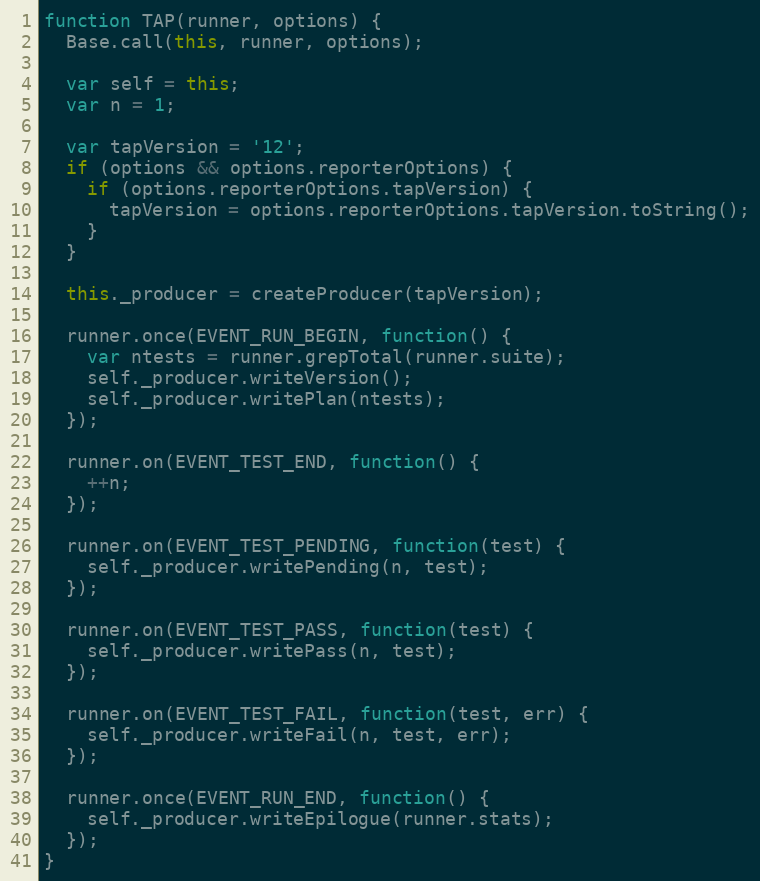
Language: JavaScript
function TAP(runner, options) {
  Base.call(this, runner, options);

  var self = this;
  var n = 1;

  var tapVersion = '12';
  if (options && options.reporterOptions) {
    if (options.reporterOptions.tapVersion) {
      tapVersion = options.reporterOptions.tapVersion.toString();
    }
  }

  this._producer = createProducer(tapVersion);

  runner.once(EVENT_RUN_BEGIN, function() {
    var ntests = runner.grepTotal(runner.suite);
    self._producer.writeVersion();
    self._producer.writePlan(ntests);
  });

  runner.on(EVENT_TEST_END, function() {
    ++n;
  });

  runner.on(EVENT_TEST_PENDING, function(test) {
    self._producer.writePending(n, test);
  });

  runner.on(EVENT_TEST_PASS, function(test) {
    self._producer.writePass(n, test);
  });

  runner.on(EVENT_TEST_FAIL, function(test, err) {
    self._producer.writeFail(n, test, err);
  });

  runner.once(EVENT_RUN_END, function() {
    self._producer.writeEpilogue(runner.stats);
  });
}